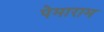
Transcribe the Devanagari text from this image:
पेमाराम